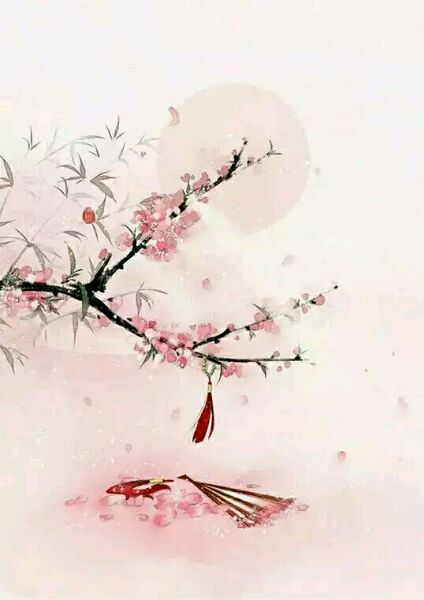
流水落花春去也，天上人间。